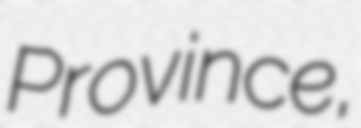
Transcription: Province,